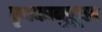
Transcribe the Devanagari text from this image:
पृथकानुकूल